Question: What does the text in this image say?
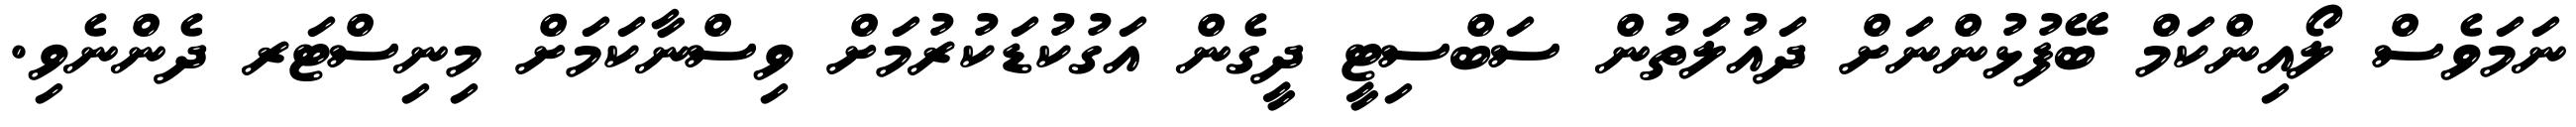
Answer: ނަމަވެސް ލޯއިންކަމް ބޭފުޅުންނަށް ދައުލަތުން ސަބްސިޓީ ދީގެން އަގުކުޑަކުރުމަށް ވިސްނާކަމަށް މިނިސްޓަރ ދެންނެވި.